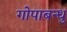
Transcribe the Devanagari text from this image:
गोपाबन्धु